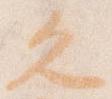
久